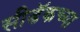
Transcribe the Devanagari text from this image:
सीडॅकच्या